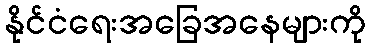
နိုင်ငံရေးအခြေအနေများကို